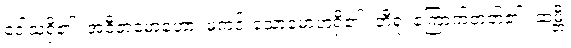
ဒေါသရှိ၏။ အဝီတမောဟော၊ မကင်းသောမောဟရှိ၏။ ဘီရူ၊ ကြောက်တတ်၏။ ဆမ္ဘီ၊